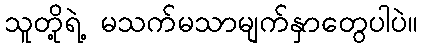
သူတို့ရဲ့ မသက်မသာမျက်နှာတွေပါပဲ။